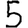
Digit: 5